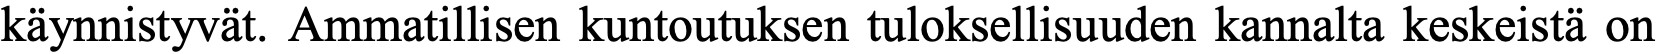
käynnistyvät. Ammatillisen kuntoutuksen tuloksellisuuden kannalta keskeistä on